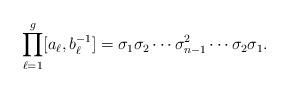
LaTeX: \begin{align*}\prod_{\ell=1}^g [a_\ell, b_\ell^{-1}] = \sigma_1 \sigma_2 \cdots \sigma_{n-1}^2 \cdots \sigma_2 \sigma_1.\end{align*}